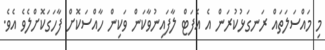
މި މައްސަލަތައް ރަނގަޅުކުރަން އެ އެފަޓް ލާފައިނުވާކަން ވަކިން ހާއްސަކޮށް ފާހަގަކޮށްލެވެ އެވެ.